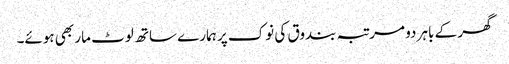
گھر کے باہر دو مرتبہ بندوق کی نوک پر ہمارے ساتھ لوٹ مار بھی ہوئے۔